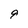
Character: 9